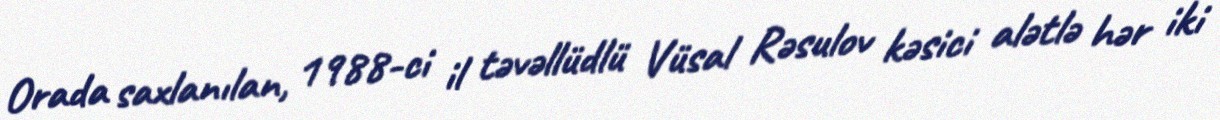
Orada saxlanılan, 1988-ci il təvəllüdlü Vüsal Rəsulov kəsici alətlə hər iki